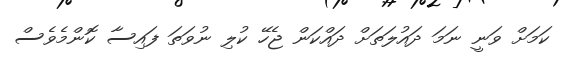
ކަމަށް ވަނީ ނަމަ ދައުލަތަށް ދައްކަން ޖެހޭ ކުލި ނުވަތަ ފައިސާ ކޮންމެވެސް